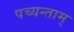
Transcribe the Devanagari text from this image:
पच्यन्ताम्‌